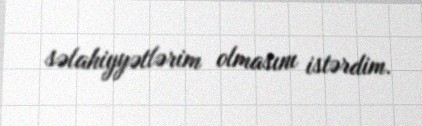
səlahiyyətlərim olmasını istərdim.